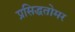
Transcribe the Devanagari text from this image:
प्रसिद्धतोमर